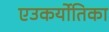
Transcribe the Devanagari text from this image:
एउकर्योतिका